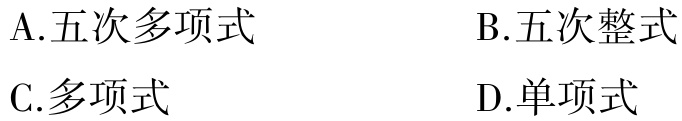
A.五次多项式
B.五次整式
C.多项式
D.单项式